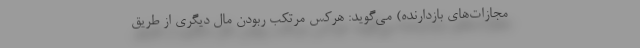
مجازات‌های بازدارنده) می‌گوید: هرکس مرتکب ربودن مال دیگری از طریق